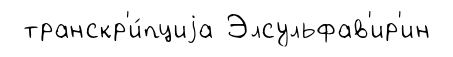
транскр'и́пциjа Элсульфав'ир'ин